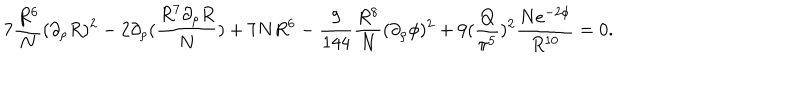
LaTeX: 7 { \frac { R ^ { 6 } } { N } } ( \partial _ { \rho } R ) ^ { 2 } - 2 \partial _ { \rho } ( { \frac { R ^ { 7 } \partial _ { \rho } R } { N } } ) + 7 N R ^ { 6 } - { \frac { 9 } { 1 4 4 } } { \frac { R ^ { 8 } } { N } } ( \partial _ { \rho } \phi ) ^ { 2 } + 9 ( { \frac { Q } { \pi ^ { 5 } } } ) ^ { 2 } { \frac { N e ^ { - 2 \phi } } { R ^ { 1 0 } } } = 0 .